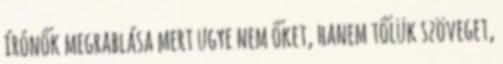
írónők megrablása mert ugye nem őket, hanem tőlük szöveget,